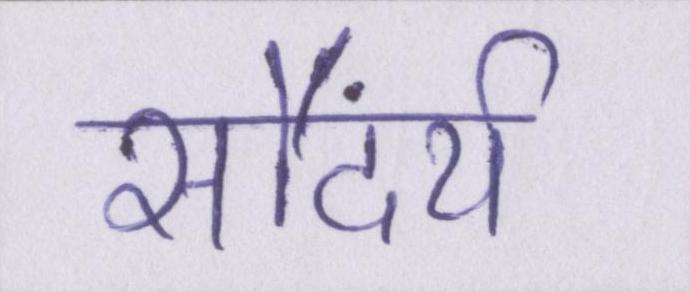
सौंदर्य